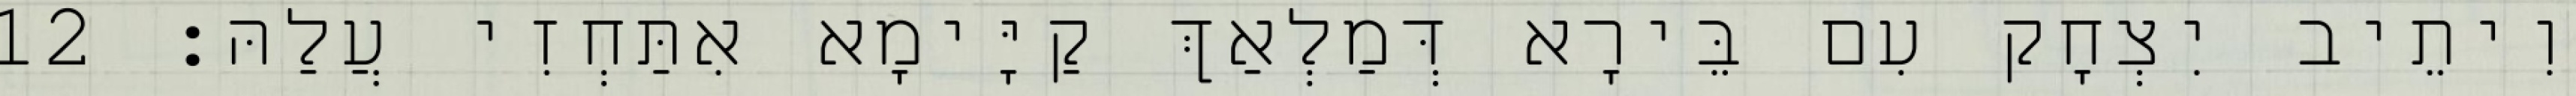
וִיתֵיב יִצְחָק עִם בֵּירָא דְּמַלְאַךְ קַיָּימָא אִתַּחְזִי עֲלַהּ׃ 12